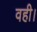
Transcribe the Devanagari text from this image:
वही।